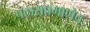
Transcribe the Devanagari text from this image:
पठाराप्रमाणेच